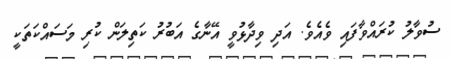
ސުވާލު ކުރައްވާފައި ވެއެވެ. އަދި ވިދާޅުވީ އޭނާގެ އަބުރު ކަތިލަން ކުރި މަސައްކަތަކީ